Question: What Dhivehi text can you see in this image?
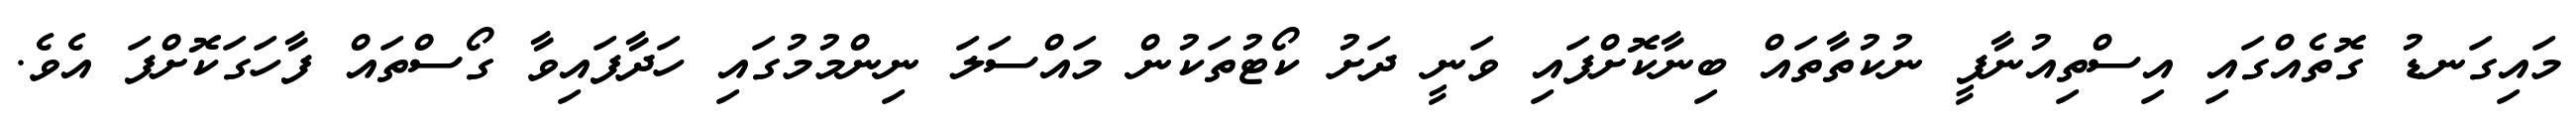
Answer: މައިގަނޑު ގޮތެއްގައި އިސްތިއުނާފީ ނުކުތާތައް ބިނާކޮށްފައި ވަނީ ދަށު ކޯޓުތަކުން މައްސަލަ ނިންމުމުގައި ހަދާފައިވާ ގޯސްތައް ފާހަގަކޮށްފަ އެވެ.